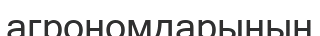
агрономдарының